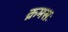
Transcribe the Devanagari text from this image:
क्रमसः